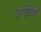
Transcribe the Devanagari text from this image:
उपोण